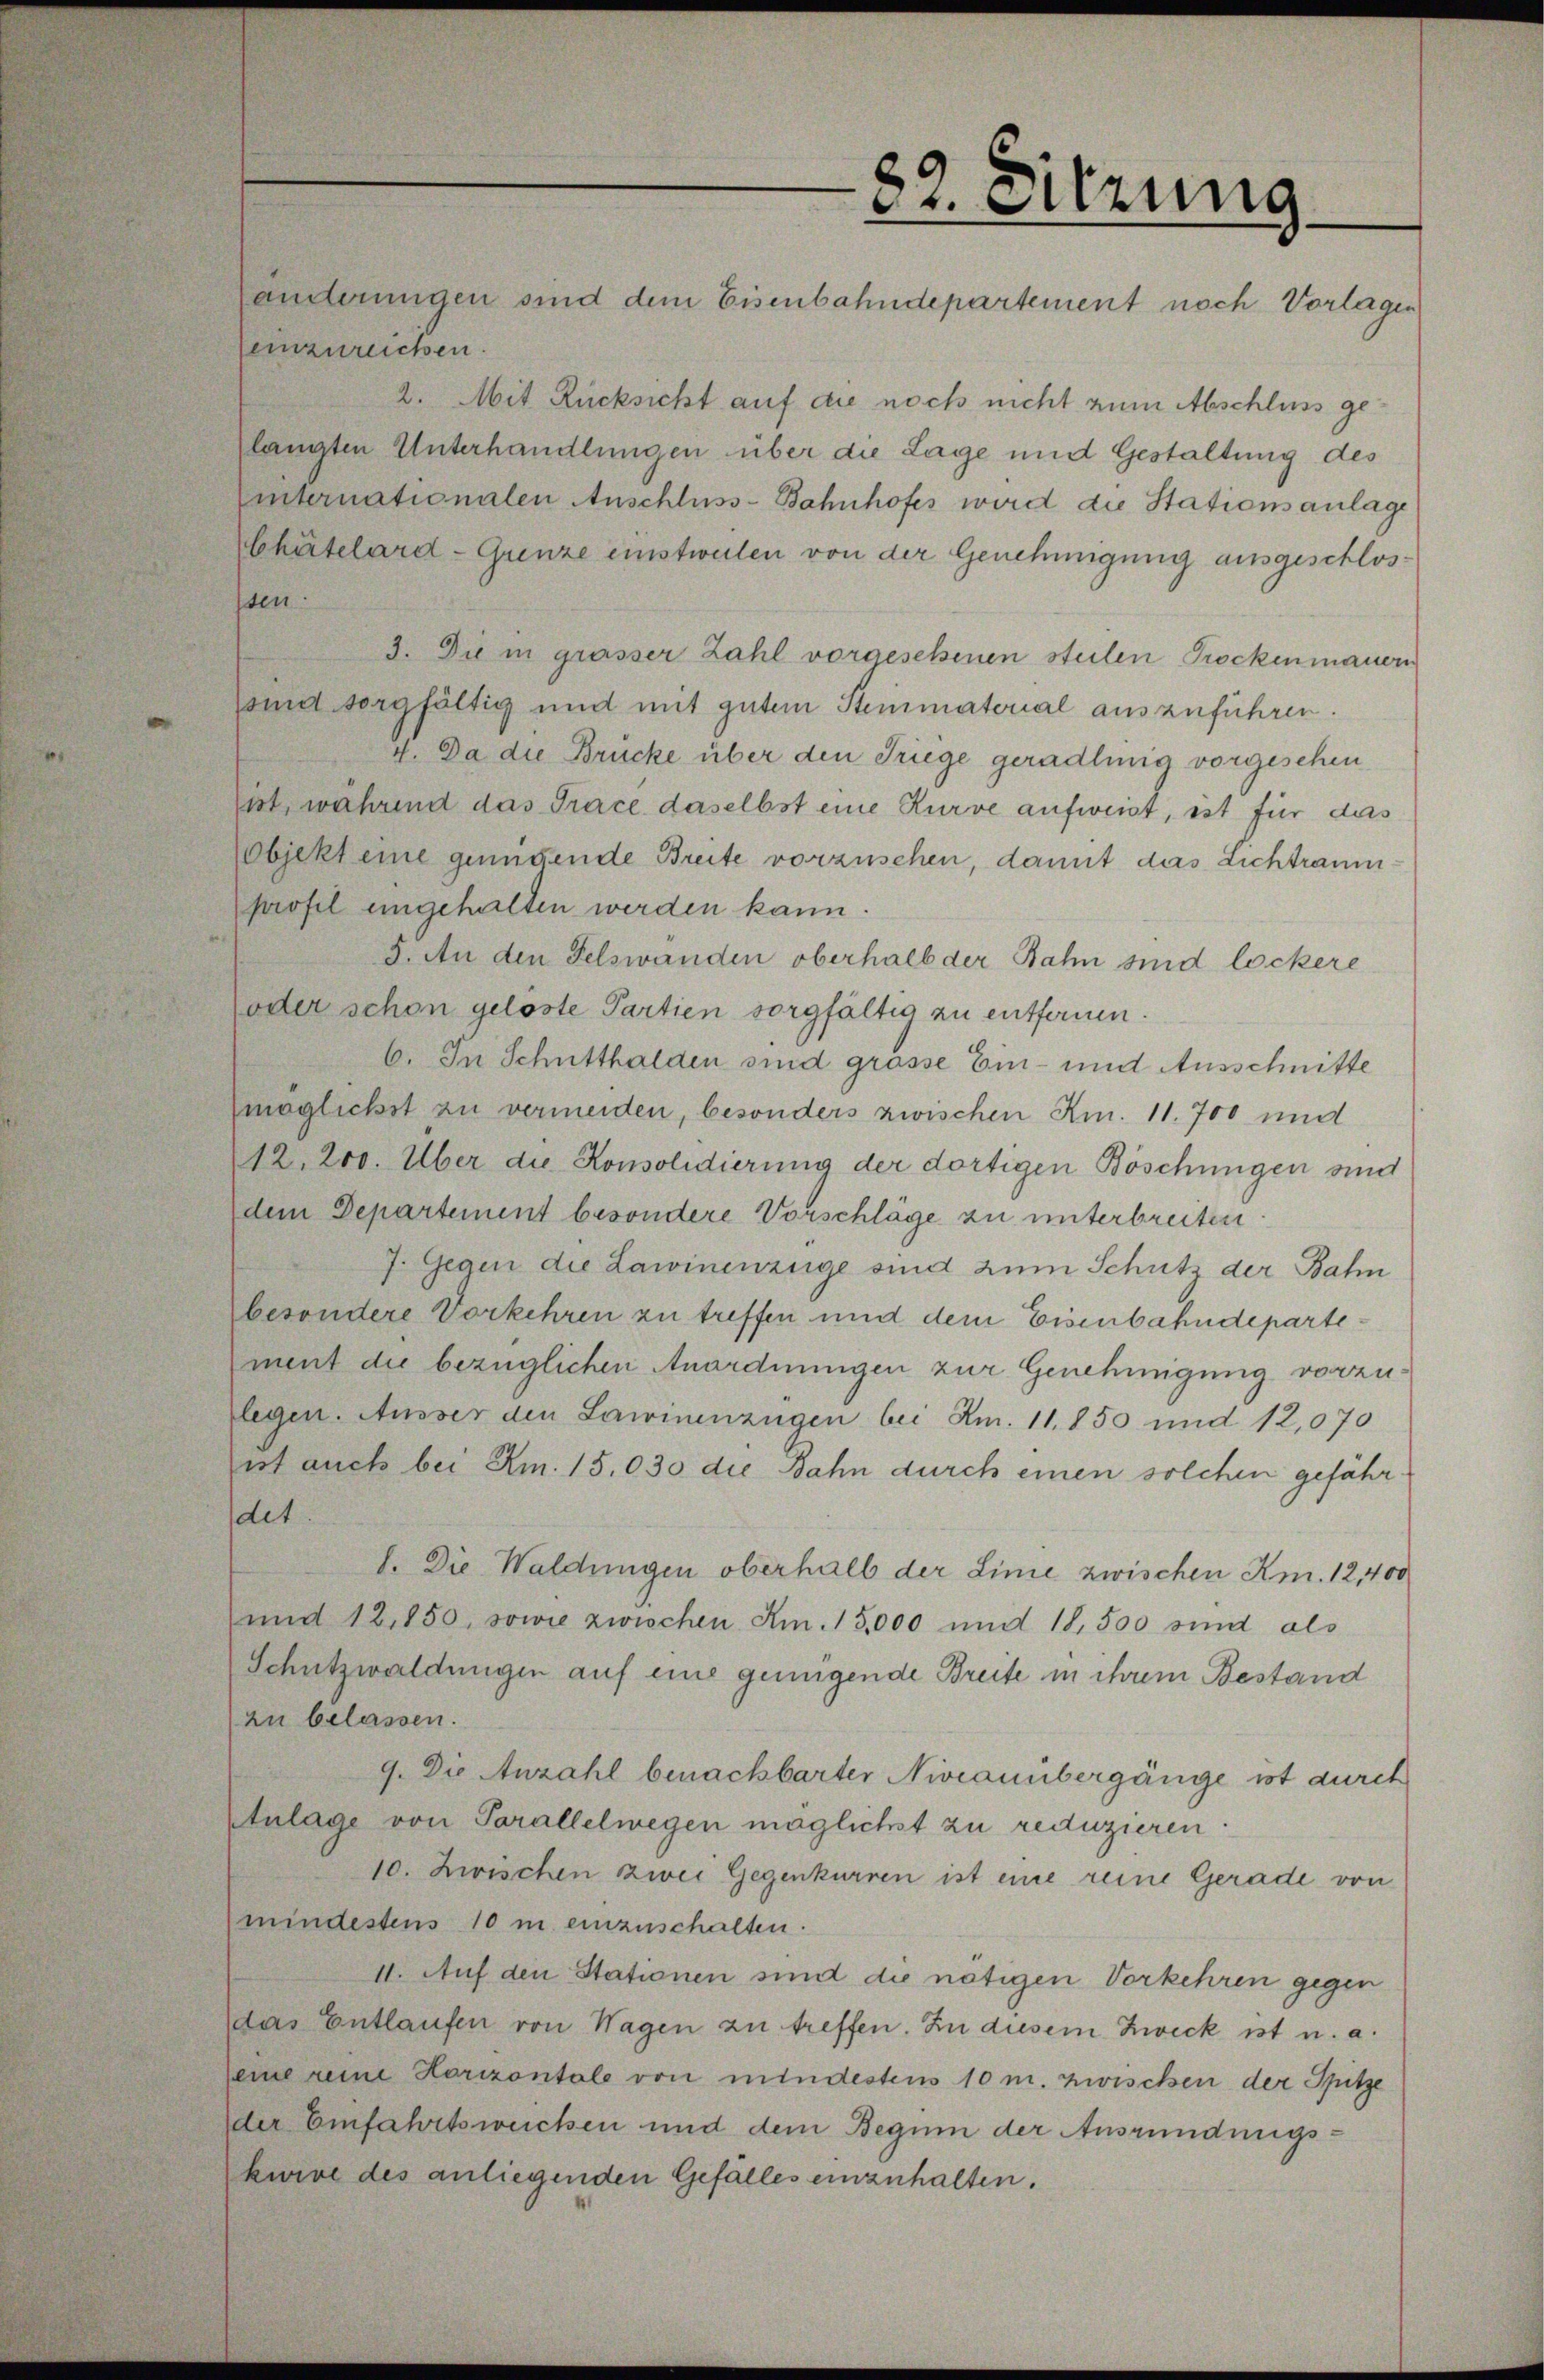
82. Sitzung
ämterungen sind dem Eisenbahndepartement noch Vorlagen

einzureichen.
2. Mit Rücksicht auf die noch nicht zum Abschluss gelangten Unterhandlungen über die Lage und Gestaltung des
Einternationalen Anschluss-Bahnhofes wird die Stationsanlage
Chatelard Grenze einstweilen von der Genehmigung ausgeschlosssen.
3. Die in grässer Zahl vorgesehenen steilen Prockenmanen
sind sorgfältig und mit gutem Steinmatorial auszuführen.
4. Da die Brücke über den Triege geradlinig vorgesehen
Eist, während das Trace daselbst eine Kurve aufweist, ist für das
Objekt eine genügende Breite vorzusehen, damit das Lichtraumprofil eingehalten werden kann.
5. An den Felswanden oberhalb der Bahn sind lockere
(oder schon gelöste Partien sorgfältig zu entfernen.
6. In Schutthalden sind grosse Ein- und Ausschnitte
möglichst zu vermeiden, besonders zwischen Km. 11. 700 und
12. 200. Über die Konsolidierung der dortigen Böschungen sind
dem Departement besondere Vorschläge zu unterbreiten.
7. Gegen die Lawinenzüge sind zum Schutz der Bahn
besondere Vorkehren zu treffen und dem Eisenbahndepartement die bezüglichen Anordnungen zur Genehmigung vorzulegen. Ausser den Lawinenzügen bei Am. 11. 850 und 12,070
ist auch bei Am. 15.030 die Bahn durch einen solchen gefährdet.
1. Die Waldungen oberhalb der Linie zwischen Am. 12,400
und 12,850, sowie zwischen Am. 15,000 und 18,500 sind als
Schutzwaldungen auf eine genügende Breite in ihrem Bestand
zu belassen.
9. Die Anzahl benachbarter Niveauübergänge ist durch
Anlage von Parallelwegen möglichst zu reduzieren.
10. Zwischen zwei Gegenkurren ist eine reine Gerade von
mindestens 10 in einzuschalten.
II. Auf den Stationen sind die nötigen Vorkehren gegen
das Entlaufen von Wagen zu treffen. In diesem Zweck ist u. a.
eine reine Horizontale von mindestens 10 m. zwischen der Spitze
der Einfahrtswercken und dem Begum der Ausründungskwive des anliegenden Gefälles einzuhalten.